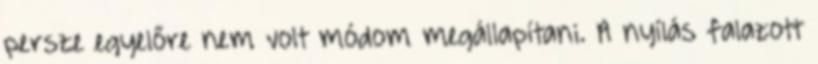
persze egyelőre nem volt módom megállapítani. A nyílás falazott